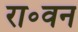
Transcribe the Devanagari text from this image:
रा॰वन